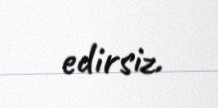
edirsiz.